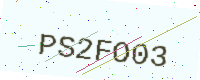
Text: PS2FO03